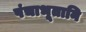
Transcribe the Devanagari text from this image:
पंचाभूतानि